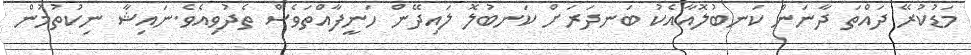
މަޑުކުރޭ ދައްތަ ދާާނަން ކަނބުލޮއާއެކު ބަނދަރަށް ކަނބުލޮ ލައިދޭން ހަނީފާއްތަވެސް ތެދުވިއެވެ.ނައިޝާ ނިކުތުމުން